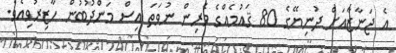
އެ ޖަނާޒާއަށް ދުނިޔޭގެ 80 ޤައުމެއްގެ ވެރިން ނުވަތަ އިސް މަންދޫބުން ހާޒިރުވިއެވެ.